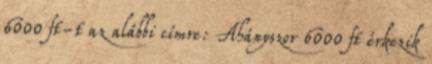
6000 ft-t az alábbi címre: Ahányszor 6000 ft érkezik